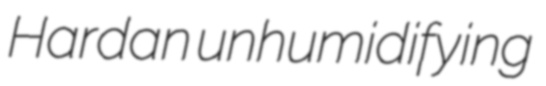
Hardan unhumidifying